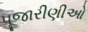
પૂજારીણીઓ